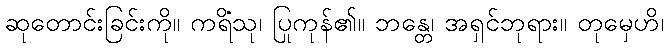
ဆုတောင်းခြင်းကို။ ကရိံသု၊ ပြုကုန်၏။ ဘန္တေ၊ အရှင်ဘုရား။ တုမှေဟိ၊